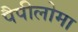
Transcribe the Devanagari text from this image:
पैपीलोमा